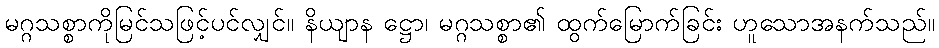
မဂ္ဂသစ္စာကိုမြင်သဖြင့်ပင်လျှင်။ နိယျာန ဋ္ဌော၊ မဂ္ဂသစ္စာ၏ ထွက်မြောက်ခြင်း ဟူသောအနက်သည်။